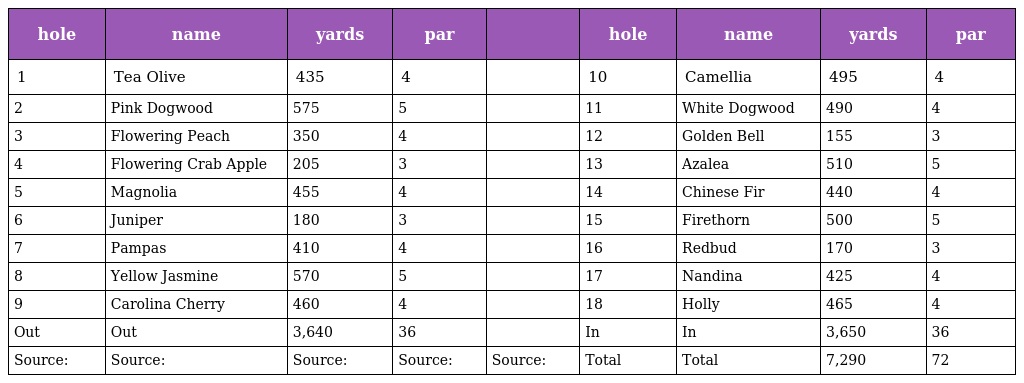
| hole | name | yards | par |  | hole | name | yards | par |
 | --- | --- | --- | --- | --- | --- | --- | --- | --- |
 | 1 | Tea Olive | 435 | 4 |  | 10 | Camellia | 495 | 4 |
 | 2 | Pink Dogwood | 575 | 5 |  | 11 | White Dogwood | 490 | 4 |
 | 3 | Flowering Peach | 350 | 4 |  | 12 | Golden Bell | 155 | 3 |
 | 4 | Flowering Crab Apple | 205 | 3 |  | 13 | Azalea | 510 | 5 |
 | 5 | Magnolia | 455 | 4 |  | 14 | Chinese Fir | 440 | 4 |
 | 6 | Juniper | 180 | 3 |  | 15 | Firethorn | 500 | 5 |
 | 7 | Pampas | 410 | 4 |  | 16 | Redbud | 170 | 3 |
 | 8 | Yellow Jasmine | 570 | 5 |  | 17 | Nandina | 425 | 4 |
 | 9 | Carolina Cherry | 460 | 4 |  | 18 | Holly | 465 | 4 |
 | Out | Out | 3,640 | 36 |  | In | In | 3,650 | 36 |
 | Source: | Source: | Source: | Source: | Source: | Total | Total | 7,290 | 72 |